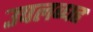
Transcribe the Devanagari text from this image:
उपलब्धह